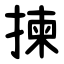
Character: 揀